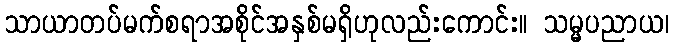
သာယာတပ်မက်စရာအစိုင်အနှစ်မရှိဟုလည်းကောင်း။ သမ္မပညာယ၊